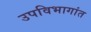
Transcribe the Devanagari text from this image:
उपविभागांत